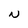
Character: N